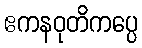
ဧကနဝုတိကပ္ပေ